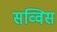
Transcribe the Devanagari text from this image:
सव्विस